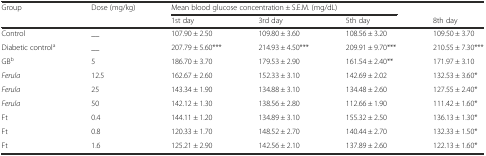
<table><thead><tr><td><b>Group</b></td><td><b>Dose (mg/kg)</b></td><td colspan="3"><b>Mean blood glucose concentration ± S.E.M. (mg/dL)</b></td><td></td></tr><tr><td></td><td></td><td><b>1st day</b></td><td><b>3rd day</b></td><td><b>5th day</b></td><td><b>8th day</b></td></tr></thead><tbody><tr><td>Control</td><td>__</td><td>107.90 ± 2.50</td><td>109.80 ± 3.60</td><td>108.56 ± 3.20</td><td>109.50 ± 3.70</td></tr><tr><td>Diabetic control<sup>a</sup></td><td>__</td><td>207.79 ± 5.60***</td><td>214.93 ± 4.50***</td><td>209.91 ± 9.70***</td><td>210.55 ± 7.30***</td></tr><tr><td>GB<sup>b</sup></td><td>5</td><td>186.70 ± 3.70</td><td>179.53 ± 2.90</td><td>161.54 ± 2.40**</td><td>171.97 ± 3.10</td></tr><tr><td><i>Ferula</i></td><td>12.5</td><td>162.67 ± 2.60</td><td>152.33 ± 3.10</td><td>142.69 ± 2.02</td><td>132.53 ± 3.60*</td></tr><tr><td><i>Ferula</i></td><td>25</td><td>143.34 ± 1.90</td><td>134.88 ± 3.10</td><td>134.48 ± 2.60</td><td>127.55 ± 2.40*</td></tr><tr><td><i>Ferula</i></td><td>50</td><td>142.12 ± 1.30</td><td>138.56 ± 2.80</td><td>112.66 ± 1.90</td><td>111.42 ± 1.60*</td></tr><tr><td>Ft</td><td>0.4</td><td>144.11 ± 1.20</td><td>134.89 ± 3.10</td><td>155.32 ± 2.50</td><td>136.13 ± 1.30*</td></tr><tr><td>Ft</td><td>0.8</td><td>120.33 ± 1.70</td><td>148.52 ± 2.70</td><td>140.44 ± 2.70</td><td>132.33 ± 1.50*</td></tr><tr><td>Ft</td><td>1.6</td><td>125.21 ± 2.90</td><td>142.56 ± 2.10</td><td>137.89 ± 2.60</td><td>122.13 ± 1.60*</td></tr></tbody></table>